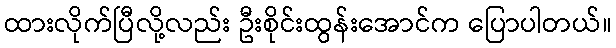
ထားလိုက်ပြီလို့လည်း ဦးစိုင်းထွန်းအောင်က ပြောပါတယ်။